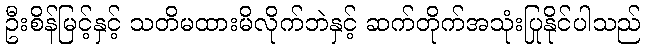
ဦးစိန်မြင့်နှင့် သတိမထားမိလိုက်ဘဲနှင့် ဆက်တိုက်အသုံးပြုနိုင်ပါသည်